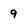
Character: 9